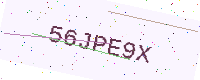
Text: 56JPE9X